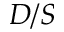
D / S